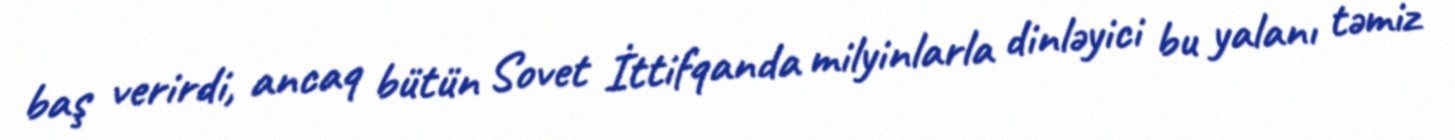
baş verirdi, ancaq bütün Sovet İttifqanda milyinlarla dinləyici bu yalanı təmiz